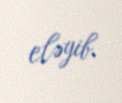
eləyib.